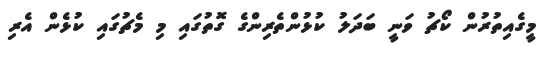
މީގެއިތުރުން ކޯޗު ވަނީ ބަދަލު ކުޅުންތެރިންގެ ގޮތުގައި މި މެޗުގައި ކުޅެން އެރި